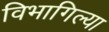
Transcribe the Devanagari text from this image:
विभागिल्या